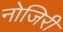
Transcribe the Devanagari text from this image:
नोजिरी